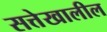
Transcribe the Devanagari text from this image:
सत्तेखालील